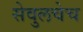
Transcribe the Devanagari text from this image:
सेवुलचेच